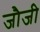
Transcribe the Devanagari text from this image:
जौजी